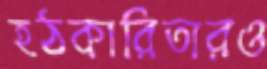
হঠকারিতারও